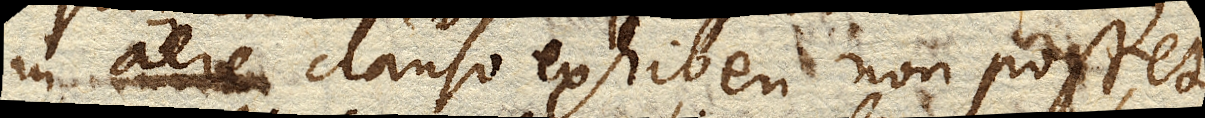
in aere clauso exhiberi non posset.